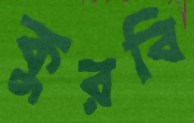
কুরবি